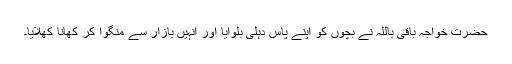
حضرت خواجہ باقی باللہؒ نے بچوں کو اپنے پاس دہلی بلوایا اور انہیں بازار سے منگوا کر کھانا کھلایا۔